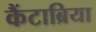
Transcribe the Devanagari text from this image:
कैंटाब्रिया